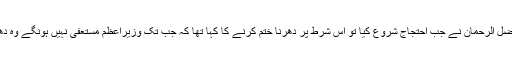
31 اکتوبر کو مولانا فضل الرحمان نے جب احتجاج شروع کیا تو اس شرط پر دھرنا ختم کرنے کا کہا تھا کہ جب تک وزیراعظم مستعفٰی نہیں ہونگے وہ دھرنا ختم نہیں کرینگے۔